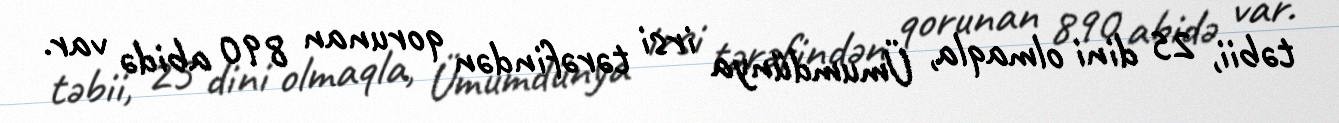
təbii, 25 dini olmaqla, Ümumdünya irsi tərəfindən qorunan 890 abidə var.